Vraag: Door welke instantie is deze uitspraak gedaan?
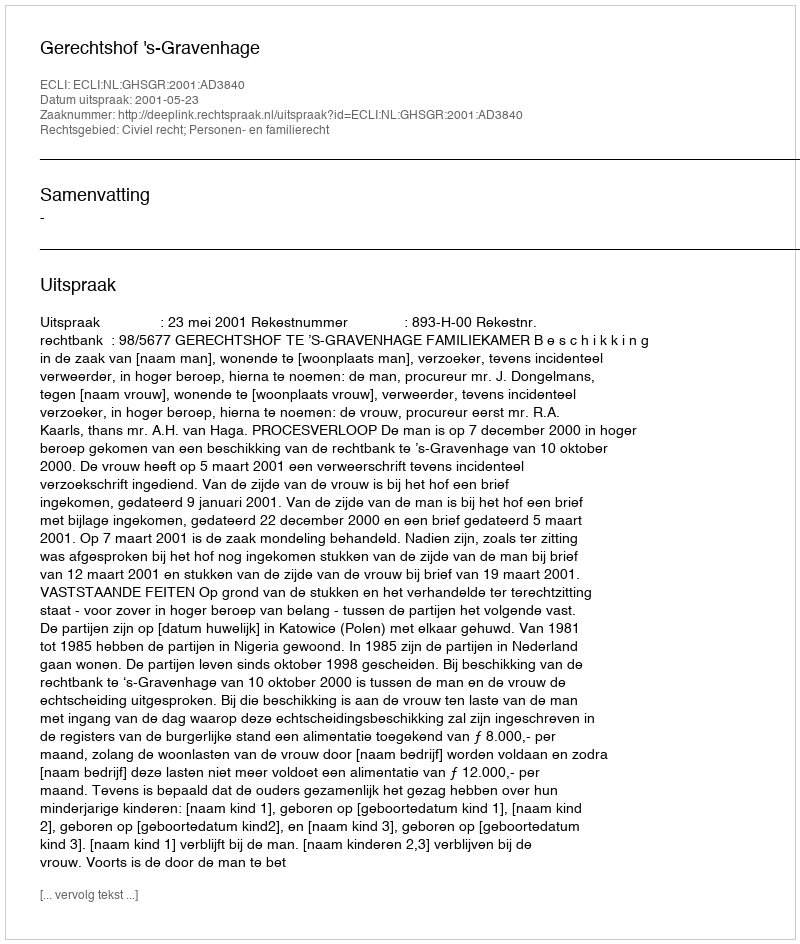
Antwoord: Gerechtshof 's-Gravenhage